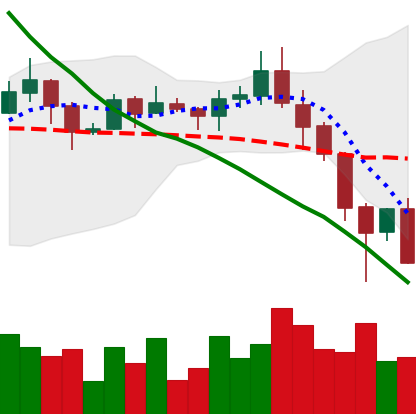
Ticker: ADA-USD
Chart end date: 2019-11-24
Forward return: 16.396%
Label: up_7plus